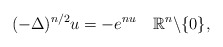
\begin{align*}(-\Delta)^{n/2}u=-e^{nu}\quad\mathbb{R}^{n}\backslash \{0\},\end{align*}